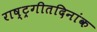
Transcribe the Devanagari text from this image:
राष्ट्रगीतदिनांक